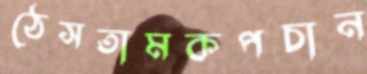
ঠেসতামকপচান